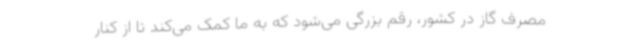
مصرف گاز در کشور، رقم بزرگی می‌شود که به ما کمک می‌کند تا از کنار